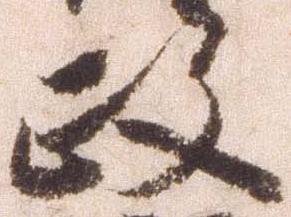
政